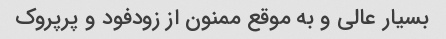
بسیار عالی و به موقع ممنون از زودفود و پرپروک